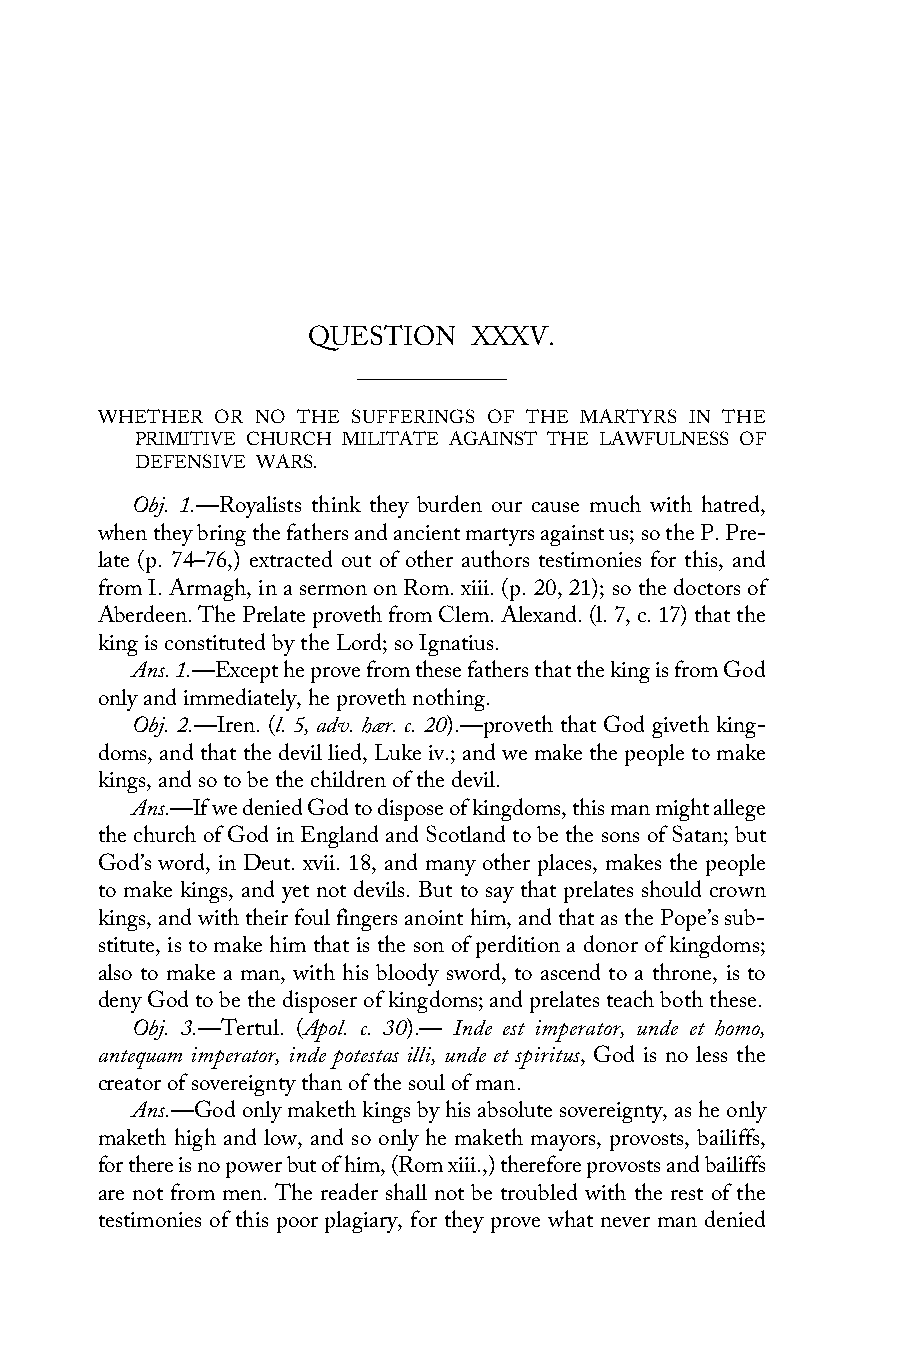
QUESTION   XXXV.
 WHETHER OR NO THE SUFFERINGS OF THE MARTYRS IN THE
 PRIMITIVE CHURCH MILITATE AGAINST THE LAWFULNESS OF
 DEFENSIVE WARS.
 Obj. 1.—Royalists think they burden our cause much with hatred,
 when they bring the fathers and ancient martyrs against us; so the P. Pre-
 late (p. 74–76,) extracted out of other authors testimonies for this, and
 from I. Armagh, in a sermon on Rom. xiii. (p. 20, 21); so the doctors of
 Aberdeen. The Prelate proveth from Clem. Alexand. (l. 7, c. 17) that the
 king is constituted by the Lord; so Ignatius.
 Ans. 1.—Except he prove from these fathers that the king is from God
 only and immediately, he proveth nothing.
 Obj. 2.—Iren. (l. 5, adv. hær. c. 20).—proveth that God giveth king-
 doms, and that the devil lied, Luke iv.; and we make the people to make
 kings, and so to be the children of the devil.
 Ans.—If we denied God to dispose of kingdoms, this man might allege
 the church of God in England and Scotland to be the sons of Satan; but
 God’s word, in Deut. xvii. 18, and many other places, makes the people
 to make kings, and yet not devils. But to say that prelates should crown
 kings, and with their foul fingers anoint him, and that as the Pope’s sub-
 stitute, is to make him that is the son of perdition a donor of kingdoms;
 also to make a man, with his bloody sword, to ascend to a throne, is to
 deny God to be the disposer of kingdoms; and prelates teach both these.
 Obj. 3.—Tertul. (Apol. c. 30).— Inde est imperator, unde et homo,
 antequam imperator, inde potestas illi, unde et spiritus, God is no less the
 creator of sovereignty than of the soul of man.
 Ans.—God only maketh kings by his absolute sovereignty, as he only
 maketh high and low, and so only he maketh mayors, provosts, bailiffs,
 for there is no power but of him, (Rom xiii.,) therefore provosts and bailiffs
 are not from men. The reader shall not be troubled with the rest of the
 testimonies of this poor plagiary, for they prove what never man denied